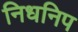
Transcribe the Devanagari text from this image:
निधनिप